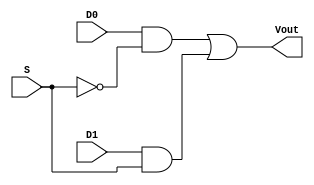
module MUX_design (
    input D0,
    input D1,
    input S,
    output Vout
    );
    wire w1, w2, w3;
    not U1(w1, S);
    and U2(w2, D0, w1);
    and U3(w3, D1, S);
    or U4(Vout, w2, w3);
endmodule